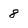
Character: 8